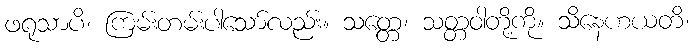
ဖရုသာပိ၊ ကြမ်းတမ်းပါသော်လည်း။ သတ္တေ၊ သတ္တဝါတို့ကို။ သိနေဟယတိ၊